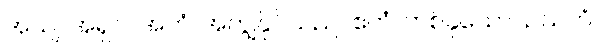
အယျ၊ အရှင်။ အဟံ၊ အကျွန်ုပ်သည်။ ဧကံ၊ တစ်ခုသော။ ဥသဘံ၊